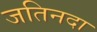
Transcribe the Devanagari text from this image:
जतिनदा